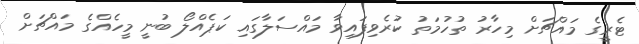
ޓެރީގެ މައްޗަށް މިހާރު ތުހުމަތު ކުރެވިފައިވާ މައްސަލާގައި ކަޕެއްލޯ ބުނީ މީހެއްގެ މައްޗަށް